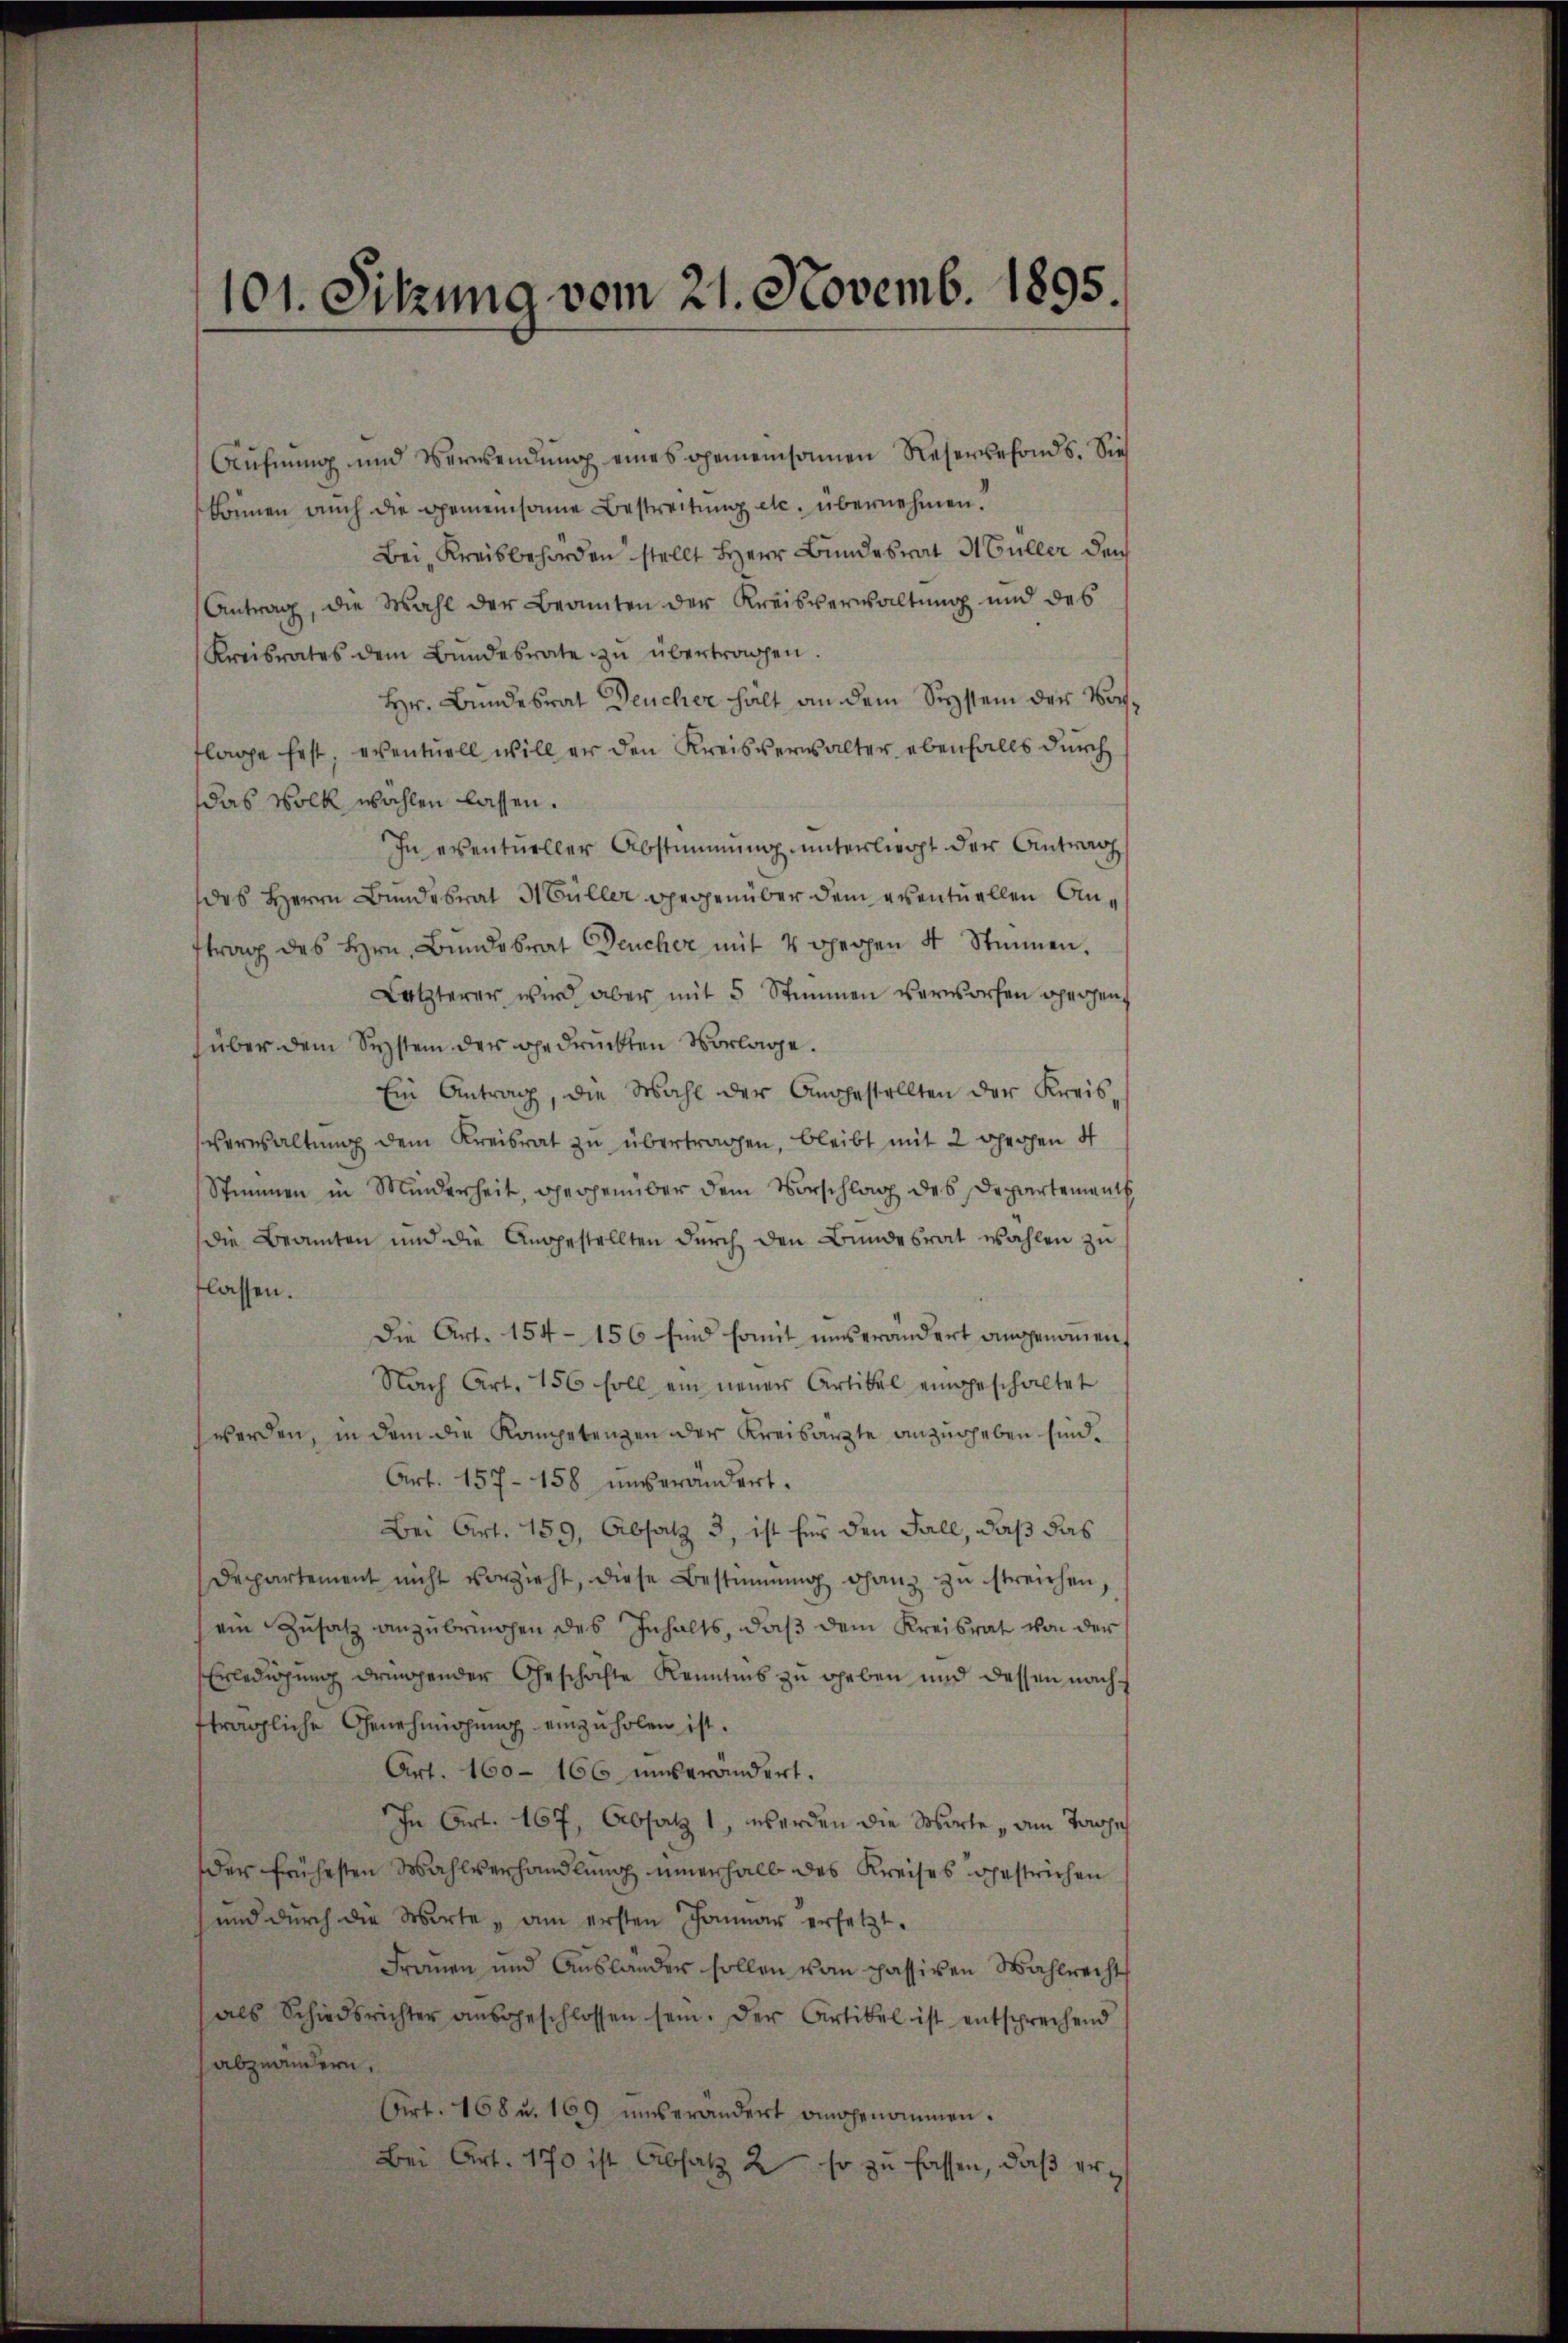
101. Sitzung vom 21. Novemb. 1895.

Aŭfnŭng und Verwendŭng eines gemeinsamen Reservefonds. Sie
können auch die gemeinsame Bestreitung etc. übernehmen.
Bei Kreisbehörden stellt Herr Bundesrat Müller den
Antrag, die Wahl der Beamten der Kreisverwaltŭng und des
Kreisrates dem Bŭndesrate zŭ übertragen.
Hr. Bundesrat Deucher hält an dem System der Nachflage fest, eventuell will er den Kreisverwalter ebenfalls durch
das Volk wahlen lassen.
In eventueller Abstimmung unterliegt der Antrag
des Herrn Bundesrat Müller gegenüber dem eventuellen Antrag des Hrn. Bŭndesrat Deucher mit 4 gegen 4 Stimmen.
Letzterer wird aber mit 5 Stimmen verworfen operzen
über dem System der gedruckten Vorlage.
Ein Antrag, die Wahl der Angestellten der Kreis-
verwaltŭng dem Kreisrat zu übertragen, bleibt mit 2 hechen 4
Stimmen in Minderheit, gegenüber dem Vorschlag des Departement
Die Beamten und die Angestellten durch den Bundesrat wahlen zu
tlassen.
Die Art. 154 - 156 sind somit unverändert angenoṁen.
Nach Art. 156 soll ein neuer Artikel eingeschaltet
werden, in dem die Kompetenzen der Kreisarzte anzugeben sind.
Art. 157 - 158 unverändert.
Bei Art. 159, Absatz 3, ist für den Fall, daß das
Departement nicht vorzieht, diese Bestimmung ganz zŭ streichen,
ein Zusatz anzubringen des Inhalts, daß dem Kreisrat von der
Erledigung dringender Geschichte Kenntnis zu geben und dessen nachfträgliche Genehmigung einzuholen ist.
Art. 160 - 166 unverändert.
In Art. 167, Absatz 1, werden die Worte am Tassi
der frühesten Wahlverhandlung innerhalb des Kreises bestrichen
und durch die Wirte, am ersten Januar ersetzt.
Frauen und Aŭsländer sollen von passiven Wahlrechts
als Schiedsrichter aŭsgeschlossen sein. Der Artikel ist entsprechend
abzuändern.
Art. 168 u. 169 unverändert angenommen.
Bei Art. 170 ist Absatz 2 so zu fassen, daß er¬